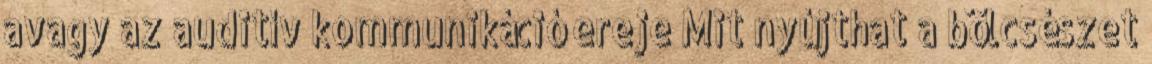
avagy az auditív kommunikáció ereje Mit nyújthat a bölcsészet